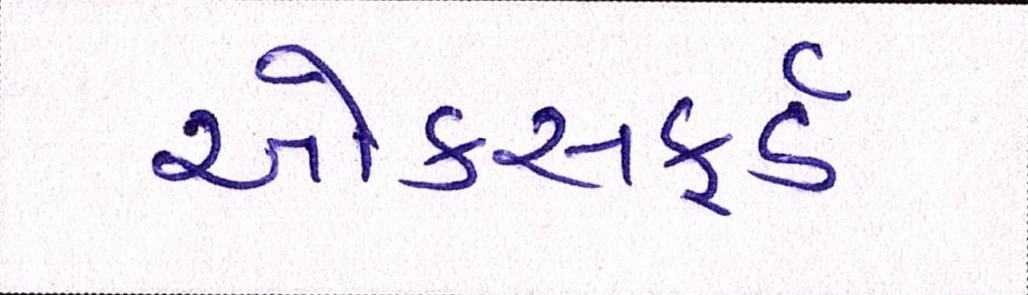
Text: ઓકસફર્ડ